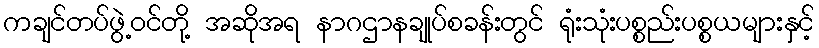
ကချင်တပ်ဖွဲ့ဝင်တို့ အဆိုအရ နာဂဌာနချုပ်စခန်းတွင် ရုံးသုံးပစ္စည်းပစ္စယများနှင့်